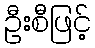
ဦးစီဖြင့်